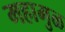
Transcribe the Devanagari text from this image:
महामुळ